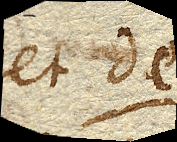
et de.